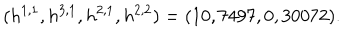
( h ^ { 1 , 1 } , h ^ { 3 , 1 } , h ^ { 2 , 1 } , h ^ { 2 , 2 } ) = ( 1 0 , 7 4 9 7 , 0 , 3 0 0 7 2 ) .